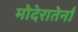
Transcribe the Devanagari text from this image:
मोदेरातेर्ना